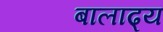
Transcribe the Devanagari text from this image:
बालाढ्य